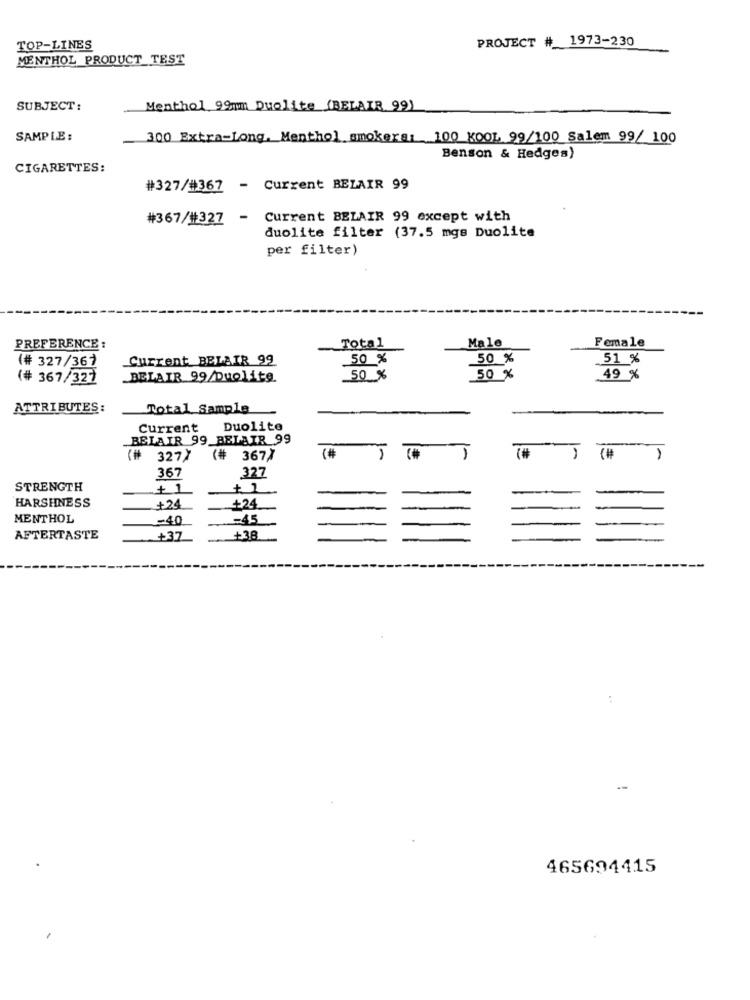
PROJECT # 1973-230
TOP-LINES
MENTHOL PRODUCT TEST
SUBJECT:
Menthol 99mm Duolite (BELAIR 99)
SAMPLE :
300 Extra-Long, Menthol smokers: 100 KOOL 99/100 Salem 99/ 100
Benson & Hedges)
CIGARETTES:
#327/#367 - Current BELAIR 99
#367/#327 -
Current BELAIR 99 except with
duolite filter (37.5 mgs Duolite
per filter)
Total
Male
Female
PREFERENCE :
(# 327/367
Current BELAIR 99
50 %
50 %
51 %
(# 367/327
BELAIR 99/Duolite
50 %
50 %
49 %
ATTRIBUTES:
Total Sample
Current
Duolite
BELAIR 99 BELAIR 99
327/
(#
3677
-
(#
327
367
STRENGTH
+ 1
+ 1
HARSHNESS
-+24
+24
MENTHOL
-40
-45
AFTERTASTE
+37
+38
465694415